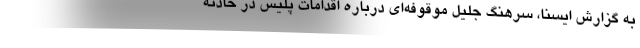
به گزارش ایسنا، سرهنگ جلیل موقوفه‌ای درباره اقدامات پلیس در حادثه